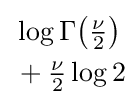
{\begin{aligned}&\log \Gamma {\left({\tfrac {\nu }{2}}\right)}\\&+{\tfrac {\nu }{2}}\log 2\end{aligned}}